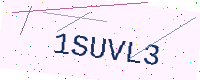
Text: 1SUVL3